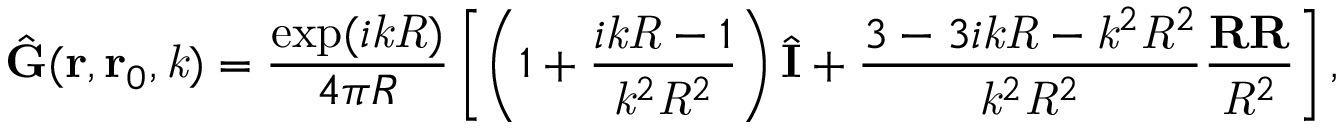
\hat { \mathbf { G } } ( \mathbf { r } , \mathbf { r } _ { 0 } , \mathit { k } ) = \frac { \exp ( i \mathit { k } \mathit { R } ) } { 4 \pi R } \left[ \left( 1 + \frac { i \mathit { k } \mathit { R } - 1 } { \mathit { k } ^ { 2 } \mathit { R } ^ { 2 } } \right) \hat { \mathbf { I } } + \frac { 3 - 3 i \mathit { k } \mathit { R } - \mathit { k } ^ { 2 } \mathit { R } ^ { 2 } } { \mathit { k } ^ { 2 } \mathit { R } ^ { 2 } } \frac { \mathbf { R } \mathbf { R } } { \mathit { R } ^ { 2 } } \right] ,